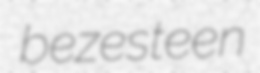
bezesteen